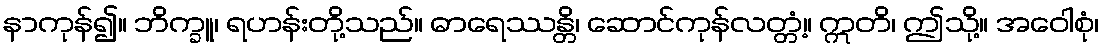
နာကုန်၍။ ဘိက္ခူ၊ ရဟန်းတို့သည်။ ဓာရေဿန္တိ၊ ဆောင်ကုန်လတ္တံ့။ ဣတိ၊ ဤသို့။ အဝေါစုံ၊